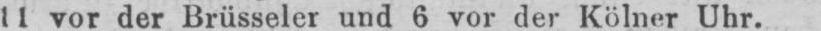
11 vor der Brüsseler und 6 vor der Kölner Uhr.